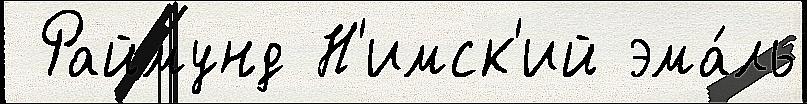
 Раймунд Н'имск'ий эма́ль